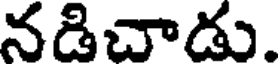
నడిచాడు.